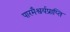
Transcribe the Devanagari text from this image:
पारमैश्वर्यप्राप्ति